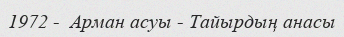
1972 -  Арман асуы - Тайырдың анасы